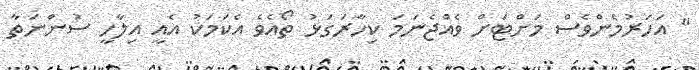
" އަހަރުމެންވެސް މަށްޓަށް ވެއްޖެނަމަ ކިހާރަގަޅު ތޯއެވެ އެކަމަކު އެއީ އިލާހީ ސުންނަތާ